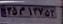
۲۵م۱۳۷۵۳